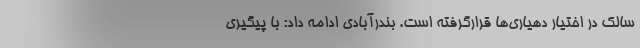
سالک در اختیار دهیاری‌ها قرارگرفته است. بندرآبادی ادامه داد: با پیگیری